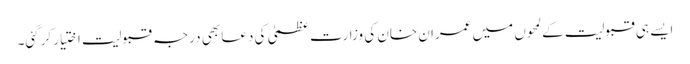
ایسے ہی قبولیت کے لمحوں میں عمران خان کی وزارت عظمیٰ کی دعا بھی درجہ قبولیت اختیار کرگئی۔